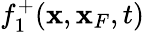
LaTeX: f_{1}^{+}({\mathbf x},{\mathbf x}_{F},t)